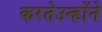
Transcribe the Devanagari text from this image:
करतेउन्होंने